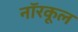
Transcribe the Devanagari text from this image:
नॉरकूल